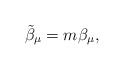
\begin{align*} \tilde{\beta}_\mu=m\beta_\mu, \end{align*}